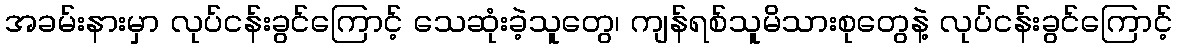
အခမ်းနားမှာ လုပ်ငန်းခွင်ကြောင့် သေဆုံးခဲ့သူတွေ၊ ကျန်ရစ်သူမိသားစုတွေနဲ့ လုပ်ငန်းခွင်ကြောင့်